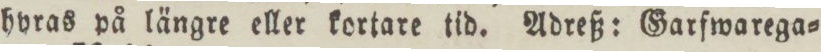
hyras på längre eller kortare tid. Adreß: Garfwarega=